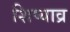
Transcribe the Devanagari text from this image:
शिष्याव्र